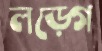
লড়্গে